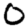
Digit: 0